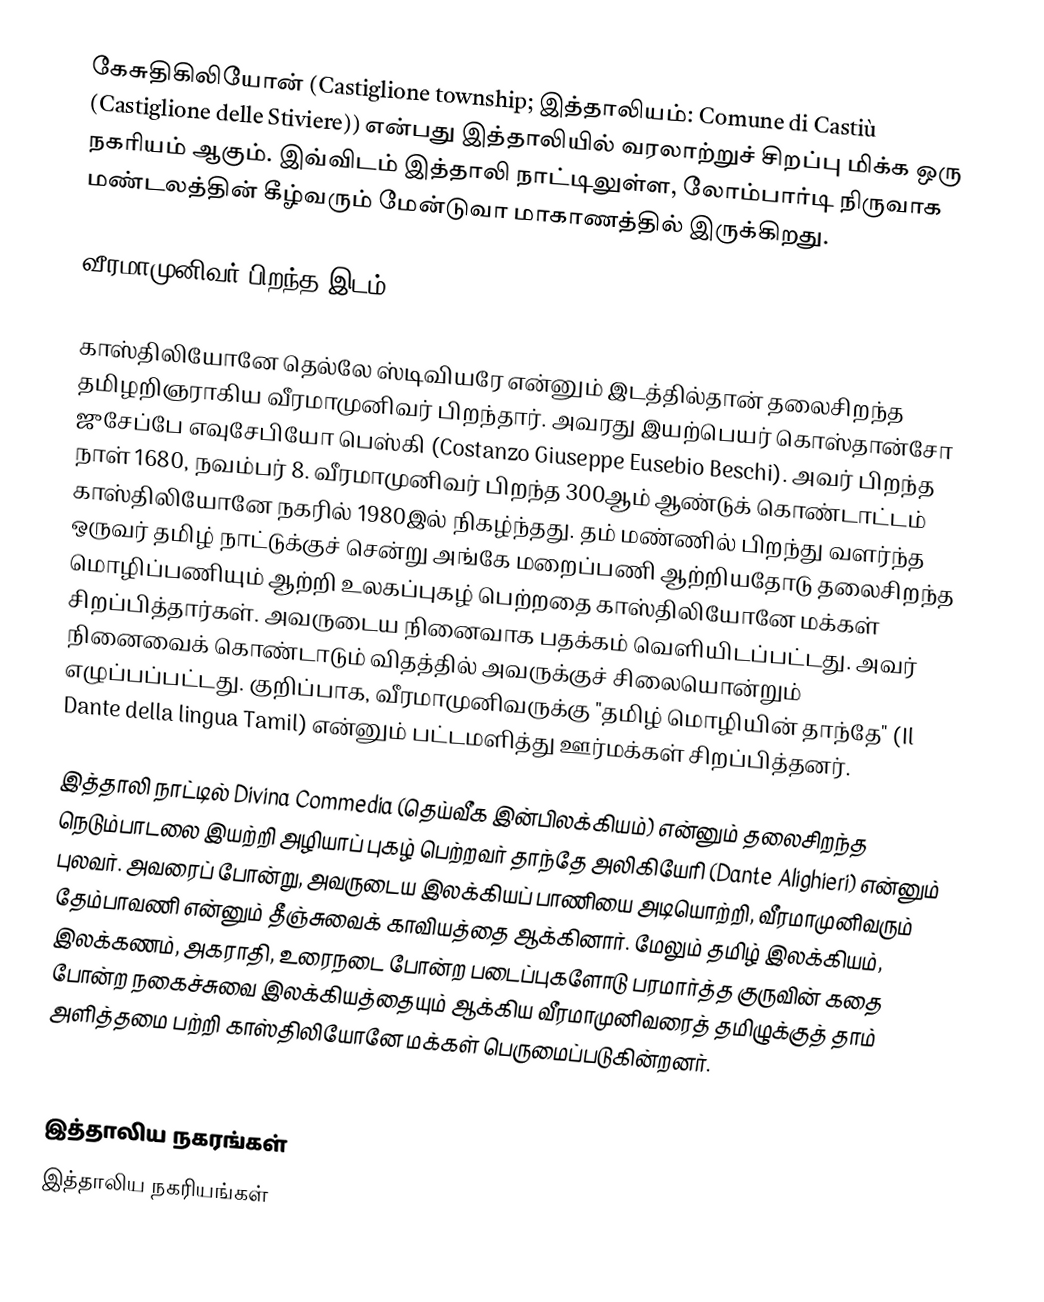
கேசுதிகிலியோன் (Castiglione township; இத்தாலியம்: Comune di Castiù (Castiglione delle Stiviere)) என்பது இத்தாலியில் வரலாற்றுச் சிறப்பு மிக்க ஒரு நகரியம் ஆகும். இவ்விடம் இத்தாலி நாட்டிலுள்ள, லோம்பார்டி நிருவாக மண்டலத்தின் கீழ்வரும் மேன்டுவா மாகாணத்தில் இருக்கிறது.

வீரமாமுனிவர் பிறந்த இடம்

காஸ்திலியோனே தெல்லே ஸ்டிவியரே என்னும் இடத்தில்தான் தலைசிறந்த தமிழறிஞராகிய வீரமாமுனிவர் பிறந்தார். அவரது இயற்பெயர் கொஸ்தான்சோ ஜுசேப்பே எவுசேபியோ பெஸ்கி (Costanzo Giuseppe Eusebio Beschi). அவர் பிறந்த நாள் 1680, நவம்பர் 8. வீரமாமுனிவர் பிறந்த 300ஆம் ஆண்டுக் கொண்டாட்டம் காஸ்திலியோனே நகரில் 1980இல் நிகழ்ந்தது. தம் மண்ணில் பிறந்து வளர்ந்த ஒருவர் தமிழ் நாட்டுக்குச் சென்று அங்கே மறைப்பணி ஆற்றியதோடு தலைசிறந்த மொழிப்பணியும் ஆற்றி உலகப்புகழ் பெற்றதை காஸ்திலியோனே மக்கள் சிறப்பித்தார்கள். அவருடைய நினைவாக பதக்கம் வெளியிடப்பட்டது. அவர் நினைவைக் கொண்டாடும் விதத்தில் அவருக்குச் சிலையொன்றும் எழுப்பப்பட்டது. குறிப்பாக, வீரமாமுனிவருக்கு "தமிழ் மொழியின் தாந்தே" (Il Dante della lingua Tamil) என்னும் பட்டமளித்து ஊர்மக்கள் சிறப்பித்தனர்.

இத்தாலி நாட்டில் Divina Commedia (தெய்வீக இன்பிலக்கியம்) என்னும் தலைசிறந்த நெடும்பாடலை இயற்றி அழியாப் புகழ் பெற்றவர் தாந்தே அலிகியேரி (Dante Alighieri) என்னும் புலவர். அவரைப் போன்று, அவருடைய இலக்கியப் பாணியை அடியொற்றி, வீரமாமுனிவரும் தேம்பாவணி என்னும் தீஞ்சுவைக் காவியத்தை ஆக்கினார். மேலும் தமிழ் இலக்கியம், இலக்கணம், அகராதி, உரைநடை போன்ற படைப்புகளோடு பரமார்த்த குருவின் கதை போன்ற நகைச்சுவை இலக்கியத்தையும் ஆக்கிய வீரமாமுனிவரைத் தமிழுக்குத் தாம் அளித்தமை பற்றி காஸ்திலியோனே மக்கள் பெருமைப்படுகின்றனர்.

இத்தாலிய நகரங்கள்
இத்தாலிய நகரியங்கள்